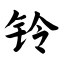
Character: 铃